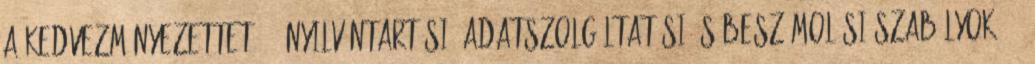
a kedvezményezettet. 8. Nyilvántartási, adatszolgáltatási és beszámolási szabályok 41.